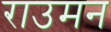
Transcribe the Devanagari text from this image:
राउमन